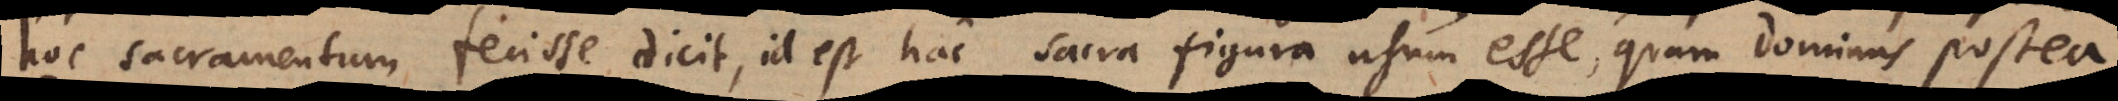
hoc sacramentum fecisse dicit, id est hac sacra figura usum esse, quam Dominus postea